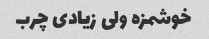
خوشمزه ولی زیادی چرب